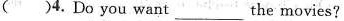
( )4. Do you want ___ the movies?